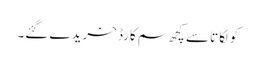
کولکاتا سے کچھ سم کارڈ خریدے گئے۔